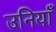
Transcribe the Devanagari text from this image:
उनियाँ